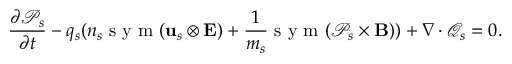
\frac { \partial \mathcal { P } _ { s } } { \partial t } - q _ { s } ( n _ { s } \mathrm { ~ s ~ y ~ m ~ } ( \mathbf { u } _ { s } \otimes \mathbf { E } ) + \frac { 1 } { m _ { s } } \mathrm { ~ s ~ y ~ m ~ } ( \mathcal { P } _ { s } \times \mathbf { B } ) ) + \nabla \cdot \mathcal { Q } _ { s } = 0 .